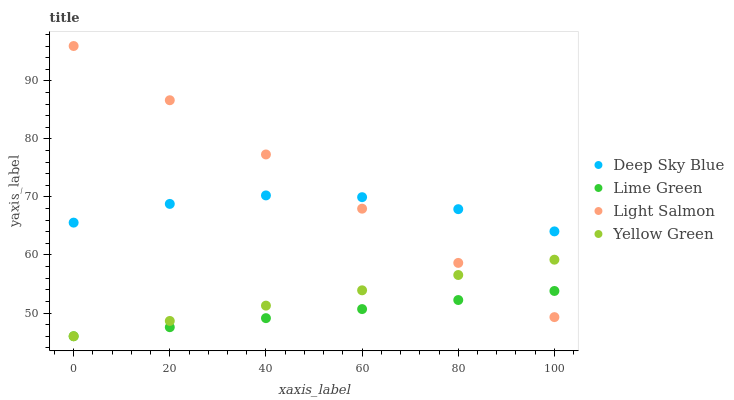
| xaxis_label | Deep Sky Blue | Lime Green | Light Salmon | Yellow Green |
 | --- | --- | --- | --- | --- |
 | 0 | 65.6 | 46 | 96 | 46 |
 | 20 | 68.8 | 47.6 | 86.7 | 48.6 |
 | 40 | 70.3 | 49.1 | 77.3 | 51.3 |
 | 60 | 70 | 50.7 | 68 | 53.9 |
 | 80 | 67.9 | 52.2 | 58.6 | 56.6 |
 | 100 | 64.1 | 53.8 | 49.3 | 59.2 |